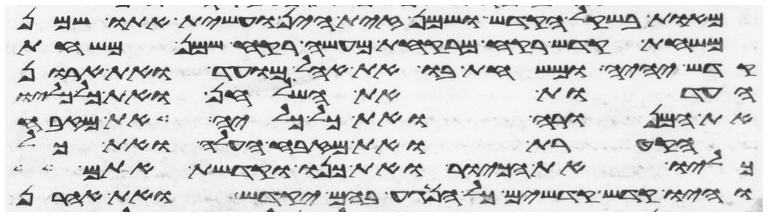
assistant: מאות בשקל הקדש ושמן זית הין ועשית אתו שמן
משחת קדש רקח מרקחת מעשה רקח שמן משחת
קדש יהיה ומשחת בו את אהל מועד ואת ארון
העדות את השלחן ואת כל כליו
את המנורה ואת כל כליה את מזבח
הקטרת ואת מזבח העלה ואת כל
כליו את הכיור ואת כנו וקדשת אתם
והיו קדש קדשים כל הנגע בהם יקדש ואת אהרן